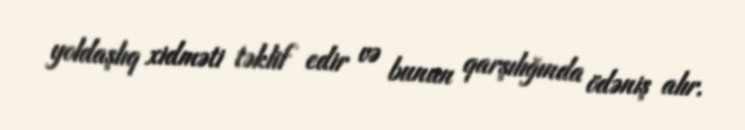
yoldaşlıq xidməti təklif edir və bunun qarşılığında ödəniş alır.